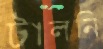
টালনি